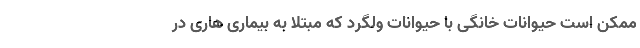
ممکن است حیوانات خانگی با حیوانات ولگرد که مبتلا به بیماری هاری در